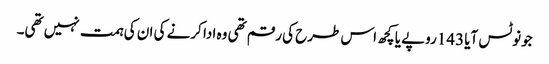
جونوٹس آیا 143روپے یا کچھ اس طرح کی رقم تھی وہ ادا کرنے کی ان کی ہمت نہیں تھی۔